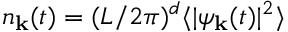
n _ { \bf k } ( t ) = ( L / 2 \pi ) ^ { d } \langle | \psi _ { \bf k } ( t ) | ^ { 2 } \rangle